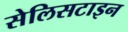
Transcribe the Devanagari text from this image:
सेलिसटाइन